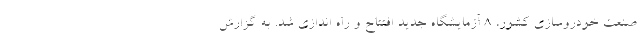
صنعت خودروسازی کشور، ۸ آزمایشگاه جدید افتتاح و راه اندازی شد. به گزارش